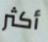
أكثر